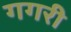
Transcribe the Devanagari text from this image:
गगरी